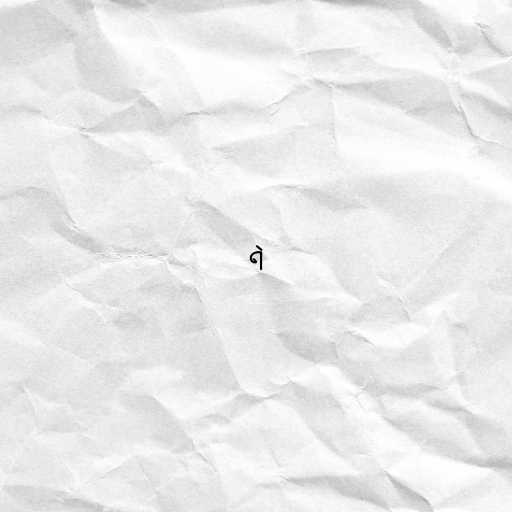
ရဲ